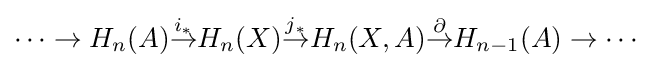
\cdots \to H_{n}(A){\stackrel {i_{*}}{\to }}H_{n}(X){\stackrel {j_{*}}{\to }}H_{n}(X,A){\stackrel {\partial }{\to }}H_{n-1}(A)\to \cdots